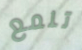
تلمع